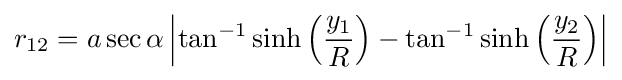
r_{12}=a\sec \alpha \left|\tan ^{-1}\sinh \left({\frac {y_{1}}{R}}\right)-\tan ^{-1}\sinh \left({\frac {y_{2}}{R}}\right)\right|